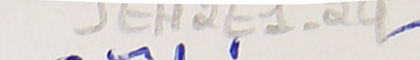
JEH2E1-24